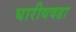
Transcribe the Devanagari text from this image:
घारीयवडा